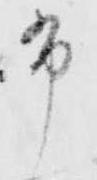
布